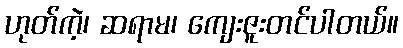
ဟုတ်ကဲ့၊ ဆရာမ၊ ကျေးဇူးတင်ပါတယ်။